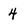
Character: 4